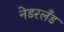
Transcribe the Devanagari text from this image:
नेडरलँड